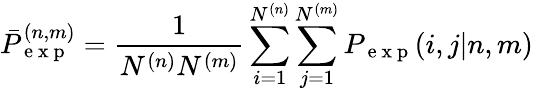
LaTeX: \bar{P}_{\mathrm{~e~x~p~}}^{(n,m)}=\frac{1}{N^{(n)}N^{(m)}}\sum_{i=1}^{N^{(n)}}\sum_{j=1}^{N^{(m)}}P_{\mathrm{~e~x~p~}}(i,j|n,m)